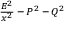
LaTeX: \scriptstyle { \frac { E ^ { 2 } } { x ^ { 2 } } } \, - \, P ^ { 2 } \, - \, Q ^ { 2 }